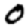
Digit: 0